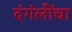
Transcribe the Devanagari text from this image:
दंगंलींचा